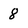
Character: 8